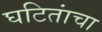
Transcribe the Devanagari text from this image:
घटितांचा